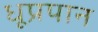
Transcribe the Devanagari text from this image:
धूप्रपान